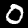
Label: 0